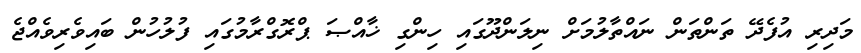
މަދިރި އުފެދޭ ތަންތަން ނައްތާލުމަށް ނިލަންދޫގައި ހިންގި ޚާއްޞަ ޕްރޮގްރާމުގައި ފުލުހުން ބައިވެރިވެއްޖެ